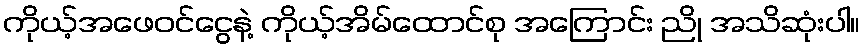
ကိုယ့်အဖေဝင်ငွေနဲ့ ကိုယ့်အိမ်ထောင်စု အကြောင်း ညို အသိဆုံးပါ။